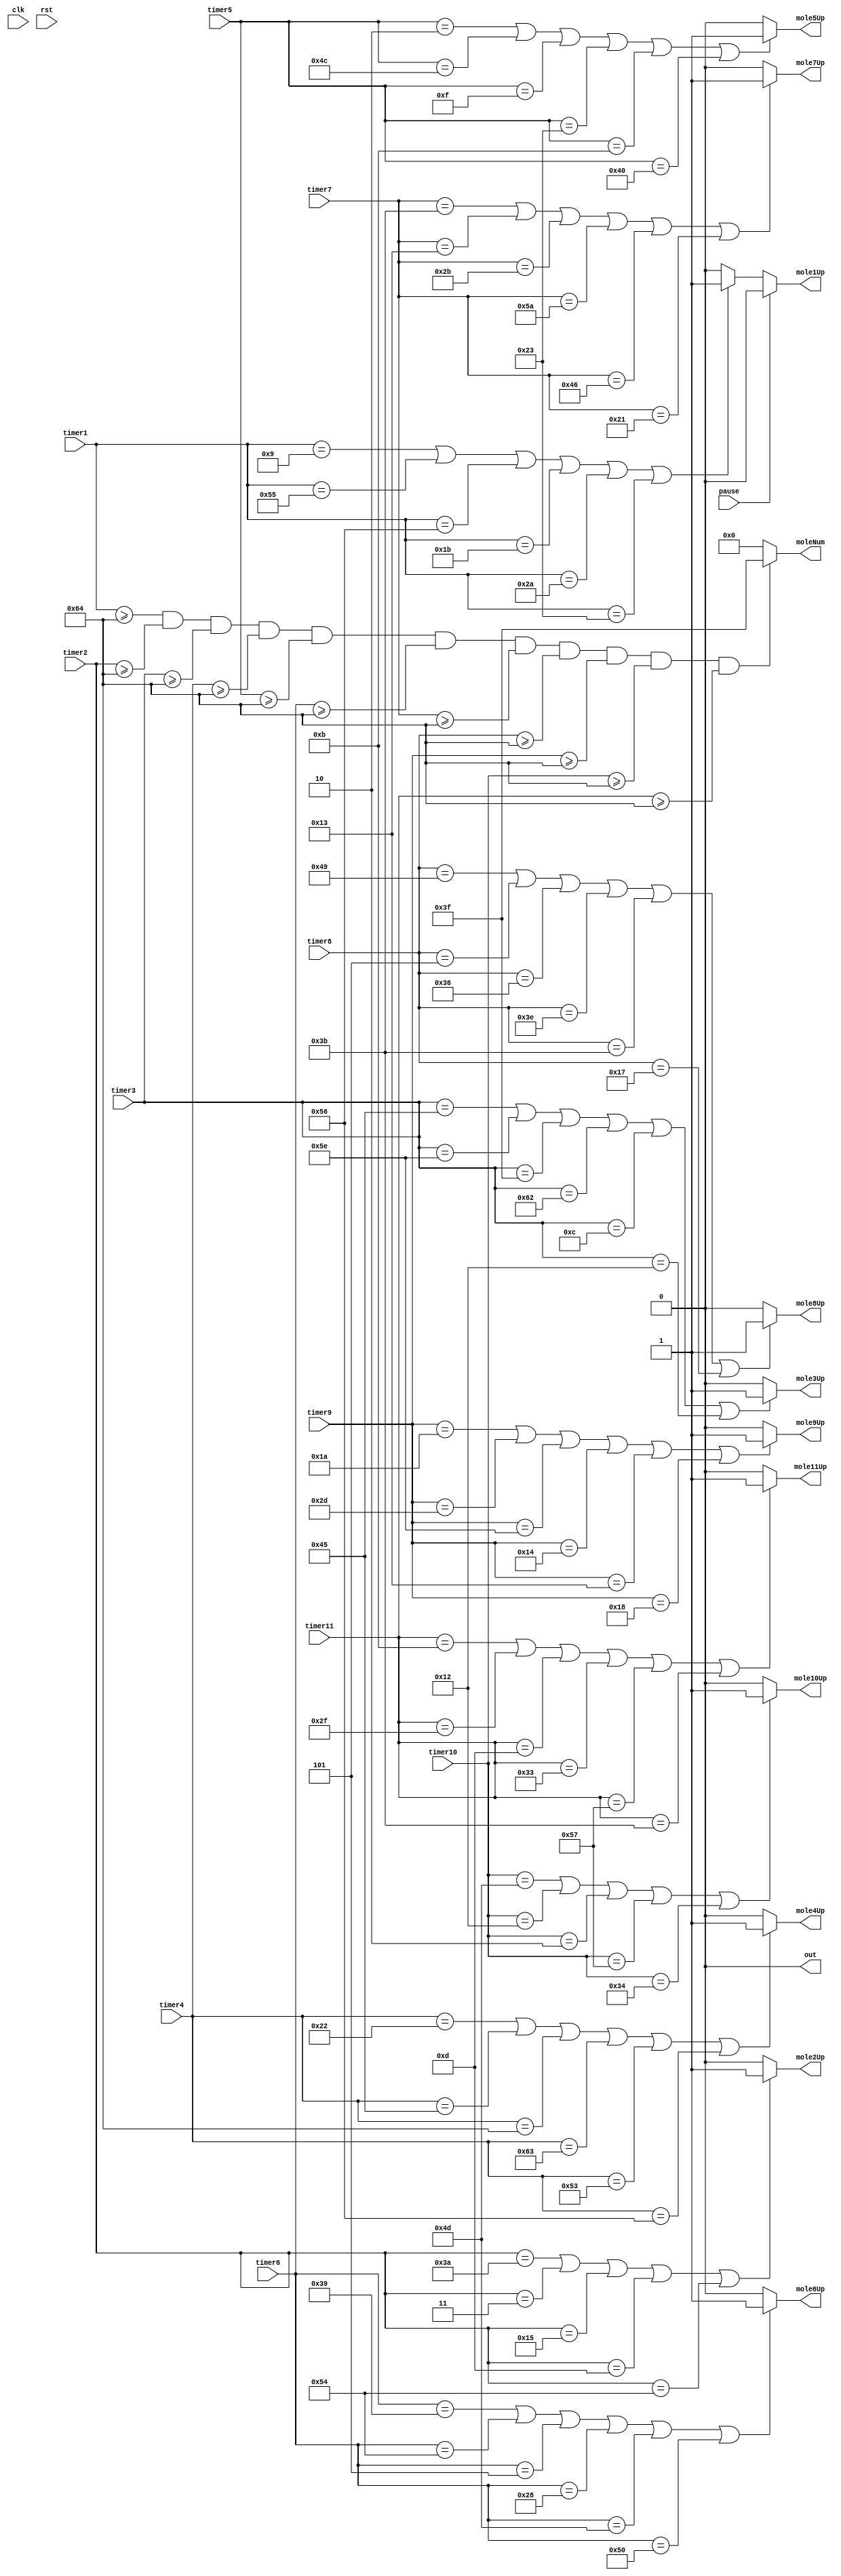
/*
   This file was generated automatically by the Mojo IDE version B1.3.6.
   Do not edit this file directly. Instead edit the original Lucid source.
   This is a temporary file and any changes made to it will be destroyed.
*/

module lightup_5_6 (
    input clk,
    input rst,
    output reg out,
    output reg mole1Up,
    output reg mole2Up,
    output reg mole3Up,
    output reg mole4Up,
    output reg mole5Up,
    output reg mole6Up,
    output reg mole7Up,
    output reg mole8Up,
    output reg mole9Up,
    output reg mole10Up,
    output reg mole11Up,
    output reg [5:0] moleNum,
    input [6:0] timer1,
    input [6:0] timer2,
    input [6:0] timer3,
    input [6:0] timer4,
    input [6:0] timer5,
    input [6:0] timer6,
    input [6:0] timer7,
    input [6:0] timer8,
    input [6:0] timer9,
    input [6:0] timer10,
    input [6:0] timer11,
    input pause
  );
  
  
  
  always @* begin
    out = 1'h0;
    if (pause == 1'h1) begin
      mole1Up = 1'h0;
    end else begin
      if (timer1 == 7'h09 || timer1 == 7'h55 || timer1 == 7'h56 || timer1 == 7'h1b || timer1 == 7'h2a || timer1 == 7'h23) begin
        mole1Up = 1'h1;
      end else begin
        mole1Up = 1'h0;
      end
    end
    if (pause == 2'h2) begin
      mole2Up = 1'h0;
    end else begin
      if (timer2 == 7'h3a || timer2 == 7'h03 || timer2 == 7'h15 || timer2 == 7'h0d || timer2 == 7'h54) begin
        mole2Up = 1'h1;
      end else begin
        mole2Up = 1'h0;
      end
    end
    if (pause == 2'h3) begin
      mole3Up = 1'h0;
    end else begin
      if (timer3 == 7'h45 || timer3 == 7'h5e || timer3 == 7'h3f || timer3 == 7'h62 || timer3 == 7'h0c || timer3 == 7'h12) begin
        mole3Up = 1'h1;
      end else begin
        mole3Up = 1'h0;
      end
    end
    if (pause == 3'h4) begin
      mole4Up = 1'h0;
    end else begin
      if (timer4 == 7'h22 || timer4 == 7'h45 || timer4 == 7'h64 || timer4 == 7'h63 || timer4 == 7'h53 || timer4 == 7'h56) begin
        mole4Up = 1'h1;
      end else begin
        mole4Up = 1'h0;
      end
    end
    if (pause == 3'h5) begin
      mole5Up = 1'h0;
    end else begin
      if (timer5 == 7'h02 || timer5 == 7'h4c || timer5 == 7'h0f || timer5 == 7'h23 || timer5 == 7'h0b || timer5 == 7'h40) begin
        mole5Up = 1'h1;
      end else begin
        mole5Up = 1'h0;
      end
    end
    if (pause == 3'h6) begin
      mole6Up = 1'h0;
    end else begin
      if (timer6 == 7'h39 || timer6 == 7'h54 || timer6 == 7'h05 || timer6 == 7'h28 || timer6 == 7'h4d || timer6 == 7'h50) begin
        mole6Up = 1'h1;
      end else begin
        mole6Up = 1'h0;
      end
    end
    if (pause == 3'h7) begin
      mole7Up = 1'h0;
    end else begin
      if (timer7 == 7'h3b || timer7 == 7'h13 || timer7 == 7'h2b || timer7 == 7'h5a || timer7 == 7'h46 || timer7 == 7'h21) begin
        mole7Up = 1'h1;
      end else begin
        mole7Up = 1'h0;
      end
    end
    if (pause == 4'h8) begin
      mole8Up = 1'h0;
    end else begin
      if (timer8 == 7'h49 || timer8 == 7'h05 || timer8 == 7'h36 || timer8 == 7'h3e || timer8 == 7'h3b || timer8 == 7'h17) begin
        mole8Up = 1'h1;
      end else begin
        mole8Up = 1'h0;
      end
    end
    if (pause == 4'h9) begin
      mole9Up = 1'h0;
    end else begin
      if (timer9 == 7'h1a || timer9 == 7'h2d || timer9 == 7'h5e || timer9 == 7'h14 || timer9 == 7'h13 || timer9 == 7'h18) begin
        mole9Up = 1'h1;
      end else begin
        mole9Up = 1'h0;
      end
    end
    if (pause == 4'ha) begin
      mole10Up = 1'h0;
    end else begin
      if (timer10 == 7'h4d || timer10 == 7'h12 || timer10 == 7'h02 || timer10 == 7'h57 || timer10 == 7'h34) begin
        mole10Up = 1'h1;
      end else begin
        mole10Up = 1'h0;
      end
    end
    if (pause == 4'hb) begin
      mole11Up = 1'h0;
    end else begin
      if (timer11 == 7'h0b || timer11 == 7'h2f || timer11 == 7'h0d || timer11 == 7'h33 || timer11 == 7'h57 || timer11 == 7'h3b) begin
        mole11Up = 1'h1;
      end else begin
        mole11Up = 1'h0;
      end
    end
    if (timer1 >= 7'h64 && timer2 >= 7'h64 && timer3 >= 7'h64 && timer4 >= 7'h64 && timer5 >= 7'h64 && timer6 >= 7'h64 && timer7 >= 7'h64 && timer8 >= 7'h64 && timer9 >= 7'h64 && timer10 >= 7'h64 && timer11 >= 7'h64) begin
      moleNum = 6'h3f;
    end else begin
      moleNum = 1'h0;
    end
  end
endmodule